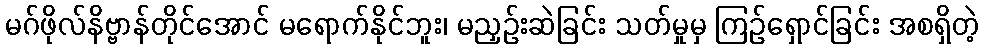
မဂ်ဖိုလ်နိဗ္ဗာန်တိုင်အောင် မရောက်နိုင်ဘူး၊ မညှဉ်းဆဲခြင်း သတ်မှုမှ ကြဉ်ရှောင်ခြင်း အစရှိတဲ့